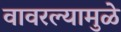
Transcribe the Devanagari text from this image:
वावरल्यामुळे